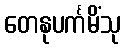
တေနုပင်္ကမိံသု